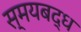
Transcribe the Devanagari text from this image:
स्मयबद्ध